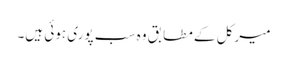
میرکل کے مطابق وہ سب پوری ہوئی ہیں۔